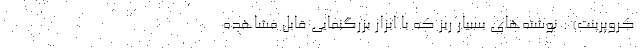
کروپرینت) : نوشته‌های بسیار ریز که با ابزار بزرگنمایی قابل مشاهده